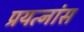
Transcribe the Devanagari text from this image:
प्रयत्नांस